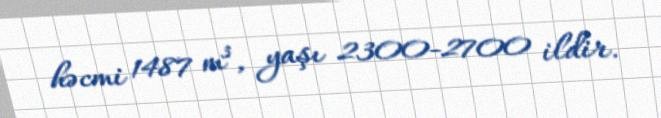
həcmi 1487 m³, yaşı 2300-2700 ildir.